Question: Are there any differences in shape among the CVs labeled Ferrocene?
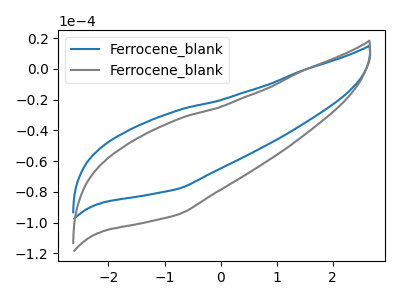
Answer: <think>The blue curve "Ferrocene_blank1" has no peaks. The gray curve "Ferrocene_blank2" has no peaks.
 Neither "Ferrocene_blank1" or "Ferrocene_blank2" have any peaks.</think>
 <answer>All the CV's of "Ferrocene" have similar shape.</answer>
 <eval>follow_rule</eval>